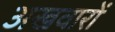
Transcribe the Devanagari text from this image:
अखवारों